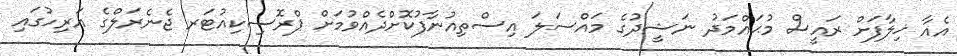
އެއާ ޚިލާފަށް ރައީސް މުޙައްމަދު ނަޝީދުގެ މައްސަލަ އިސްތިއުނާފުކޮށްދެއްވުމަށް ޕްރޮސިކިއުޓަރ ޖެނެރަލްގެ އަރިހުގައި